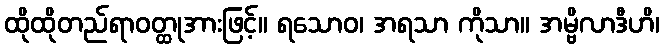
ထိုထိုတည်ရာဝတ္ထုအားဖြင့်။ ရသောဝ၊ အရသာ ကိုသာ။ အမ္ဗိလာဒီဟိ၊